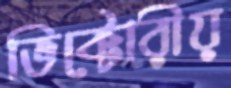
ভিক্টোরীয়